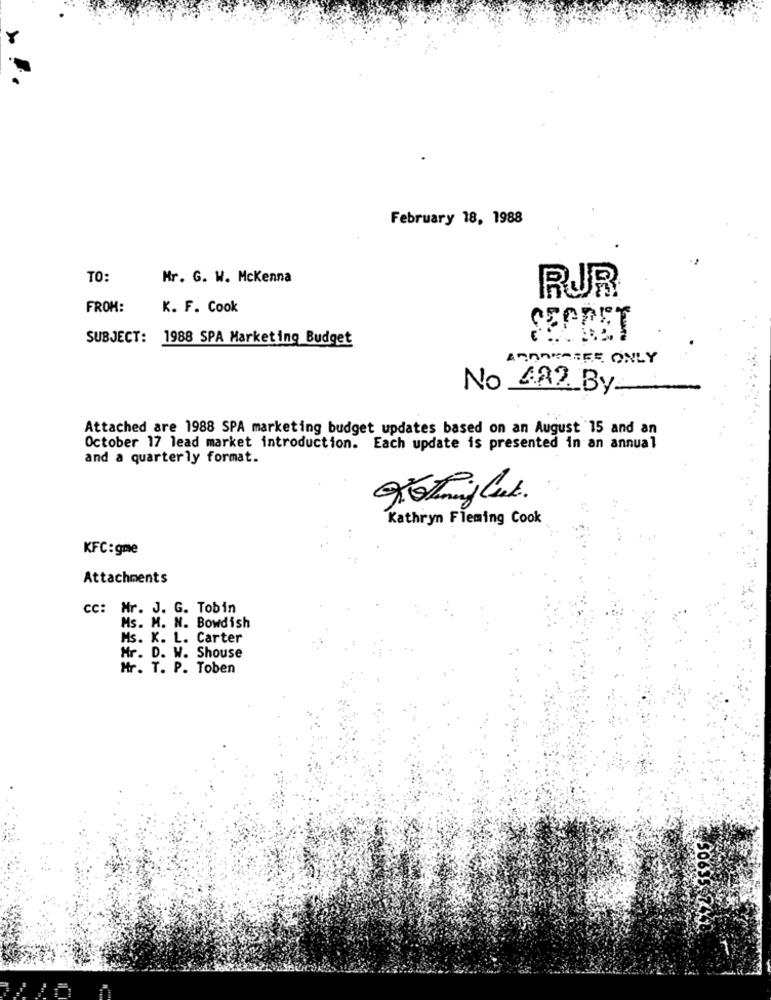
February 18, 1988
TO:
Mr. G. W. Mckenna
RUR
FROM:
K. F. Cook
SUBJECT: 1988 SPA Marketing Budget
SECRET
No 482 By_
Attached are 1988 SPA marketing budget updates based on an August 15 and an
October 17 lead market introduction. Each update is presented in an annual
and a quarterly format.
Kathryn Fleming Cook
KFC: gme
Attachments
cc: Mr. J. G. Tobin
Ms. H. N. Bowdish
Hs. K. L. Carter
Mr. D. W. Shouse
Mr. T. P. Toben